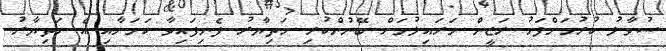
ސުވާލު ކުރުމަށްފަހު ރަޒީން މަރައިލުމަށް ބޭނުންކުރި ހަތިޔާރު ފެނިފައިވާ ކަމަށާއި އެ ހަތިޔާރު